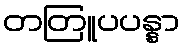
တတြူပပန္နာ